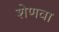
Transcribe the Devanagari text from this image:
शेणवा